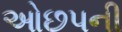
ઓછપની